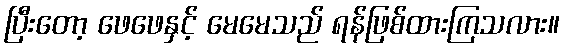
ပြီးတော့ ဖေဖေနှင့် မေမေသည် ရန်ဖြစ်ထားကြသလား။